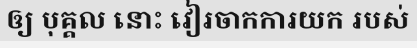
ឲ្យ បុគ្គល នោះ វៀរចាកការយក របស់